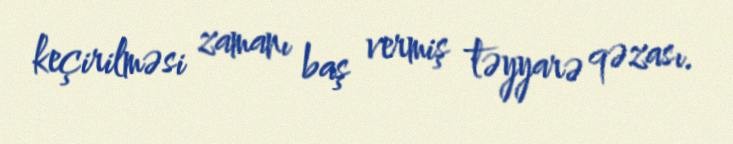
keçirilməsi zamanı baş vermiş təyyarə qəzası.